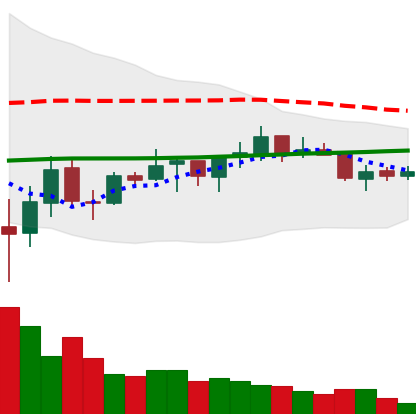
Ticker: ADA-USD
Chart end date: 2021-07-11
Forward return: -12.939%
Label: down_7plus